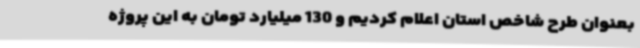
بعنوان طرح شاخص استان اعلام کردیم و 130 میلیارد تومان به این پروژه